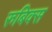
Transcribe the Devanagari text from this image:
रुबिक्स